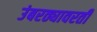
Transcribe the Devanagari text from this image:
उंबरठ्यावरती